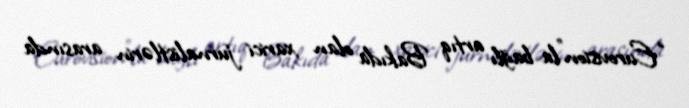
“Eurovision”la bağlı artıq Bakıda olan xarici jurnalistlərin arasında